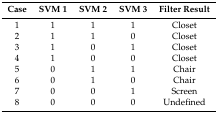
| Case | SVM 1 | SVM 2 | SVM 3 | Filter Result |
 | --- | --- | --- | --- | --- |
 | 1 | 1 | 1 | 1 | Closet |
 | 2 | 1 | 1 | 0 | Closet |
 | 3 | 1 | 0 | 1 | Closet |
 | 4 | 1 | 0 | 0 | Closet |
 | 5 | 0 | 1 | 1 | Chair |
 | 6 | 0 | 1 | 0 | Chair |
 | 7 | 0 | 0 | 1 | Screen |
 | 8 | 0 | 0 | 0 | Undefined |